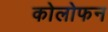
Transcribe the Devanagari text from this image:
कोलोफन